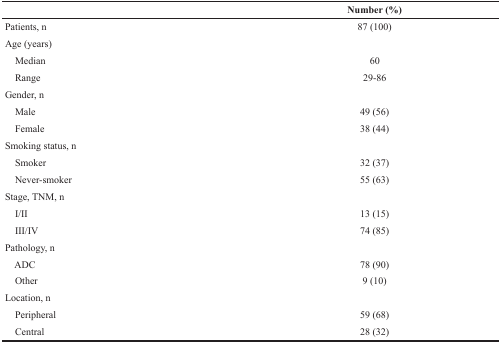
|  | Number (%) |
 | --- | --- |
 | Patients, n | 87 (100) |
 | Age (years) |  |
 | Median | 60 |
 | Range | 29-86 |
 | Gender, n |  |
 | Male | 49 (56) |
 | Female | 38 (44) |
 | Smoking status, n |  |
 | Smoker | 32 (37) |
 | Never-smoker | 55 (63) |
 | Stage, TNM, n |  |
 | I/II | 13 (15) |
 | III/IV | 74 (85) |
 | Pathology, n |  |
 | ADC | 78 (90) |
 | Other | 9 (10) |
 | Location, n |  |
 | Peripheral | 59 (68) |
 | Central | 28 (32) |